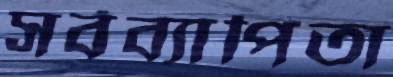
সর্বব্যাপিতা